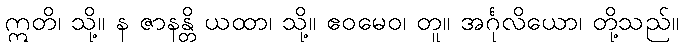
ဣတိ၊ သို့။ န ဇာနန္တိ ယထာ၊ သို့။ ဧဝမေဝ၊ တူ။ အင်္ဂုလိယော၊ တို့သည်။